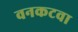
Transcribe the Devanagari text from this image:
वनकटवा